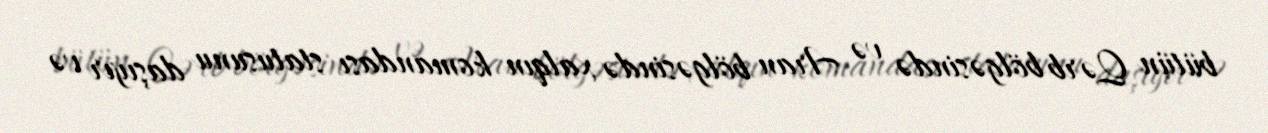
bütün Qərb bölgəsində və Aran bölgəsində xalqın komandası statusunu daşıyır və